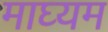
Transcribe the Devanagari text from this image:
माघ्‍यम